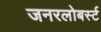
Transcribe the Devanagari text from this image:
जनरलोबर्स्ट